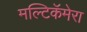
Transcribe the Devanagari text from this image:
मल्टिकॅमेरा